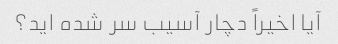
آیا اخیراً دچار آسیب سر شده اید؟